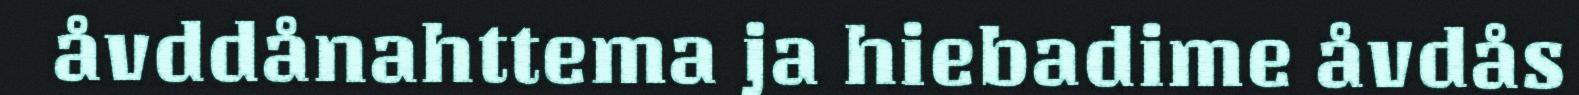
åvddånahttema ja hiebadime åvdås